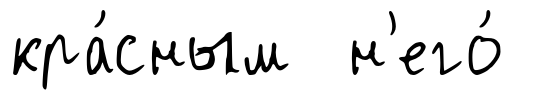
кра́сным н'его́